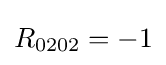
R_{0202}=-1